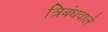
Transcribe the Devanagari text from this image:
त्रिबंधवाले